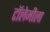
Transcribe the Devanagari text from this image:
टॉलेमीला